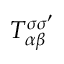
T _ { \alpha \beta } ^ { \sigma \sigma ^ { \prime } }